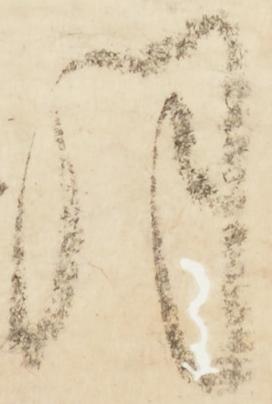
月